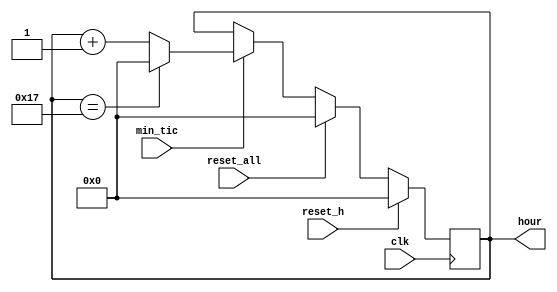
`timescale 1ns / 1ps
//////////////////////////////////////////////////////////////////////////////////
// Company: 
// Engineer: 
// 
// Design Name: 
// Module Name: hour_gen
// Project Name: 
// Target Devices: 
// Tool Versions: 
// Description: 
// 
// Dependencies: 
// 
// Revision:
// Revision 0.01 - File Created
// Additional Comments:
// 
//////////////////////////////////////////////////////////////////////////////////


module hour_gen(
    clk,
    reset_h,
    reset_all,
    min_tic,
    hour
    );
parameter P_HOUR_BIT=5;
input clk,reset_h,reset_all;
input min_tic;
output reg [P_HOUR_BIT-1:0] hour;


 always @ (posedge clk) begin
    if(reset_h) begin
        hour <= 0;
    end else if (reset_all) begin
        hour <= 0;
    end else begin
        if(min_tic) begin
            hour <= hour +1'b1;
            if(hour==23) begin
                hour <=0;
            end
        end 
    end        
 end
endmodule